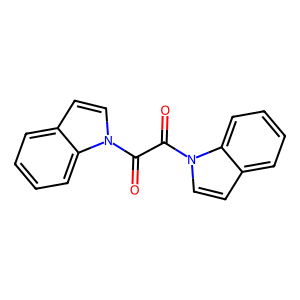
SMILES: O=C(C(=O)n1ccc2ccccc21)n1ccc2ccccc21
Inhibits HIV replication: No